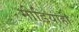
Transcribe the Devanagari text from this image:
मीडियाही